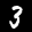
Label: 3